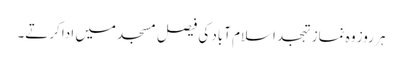
ہر روز وہ نماز تہجد اسلام آباد کی فیصل مسجد میں ادا کرتے۔